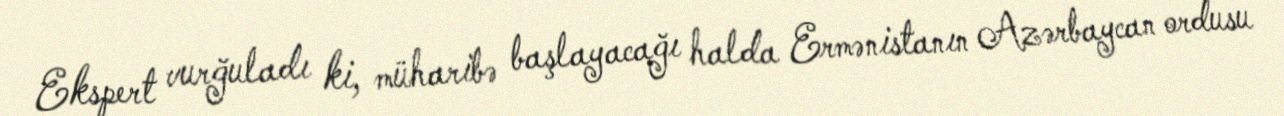
Ekspert vurğuladı ki, müharibə başlayacağı halda Ermənistanın Azərbaycan ordusu